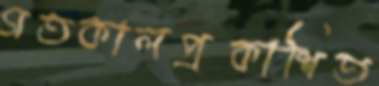
গতকালপ্রকাশিত